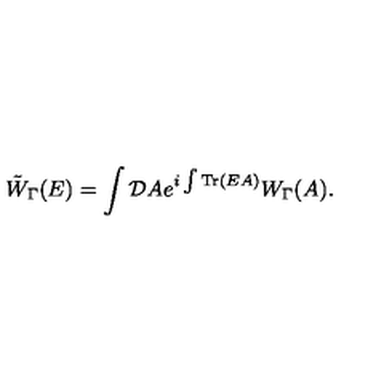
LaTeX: \tilde { W } _ { \Gamma } ( E ) = \int { \mathcal D } A e ^ { i \int \mathrm { T r } ( E A ) } W _ { \Gamma } ( A ) .